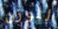
للوزن